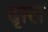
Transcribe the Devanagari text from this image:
दृारा